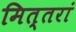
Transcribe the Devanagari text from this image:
मित्तरां